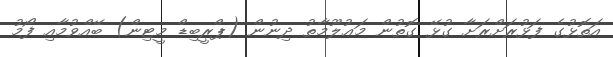
އަތޮޅުގެ ފަޅުރަށްރަށާ ގުޅޭ ގޮތުން މަޢުލޫމާތު ދިނުން (ޕްރީބިޑް މީޓިން) ބޭއްވުމާއި ފޯމު